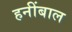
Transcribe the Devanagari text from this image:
हनींबाल